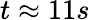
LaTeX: t\approx 11s